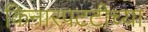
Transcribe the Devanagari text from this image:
किनारपटटीच्या